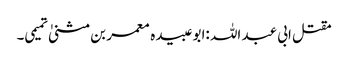
مقتل ابی عبد اللہ :ابو عبیدہ معمر بن مثنیٰ تمیمی۔